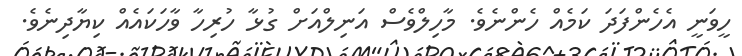
ހީވަނީ އެހެންފަދަ ކަމެއް ހެންނެވެ. މާހިލްވެސް އަނިލްއަށް ގުޅާ ހުރިހާ ވާހަކައެއް ކިޔާދިނެވެ.